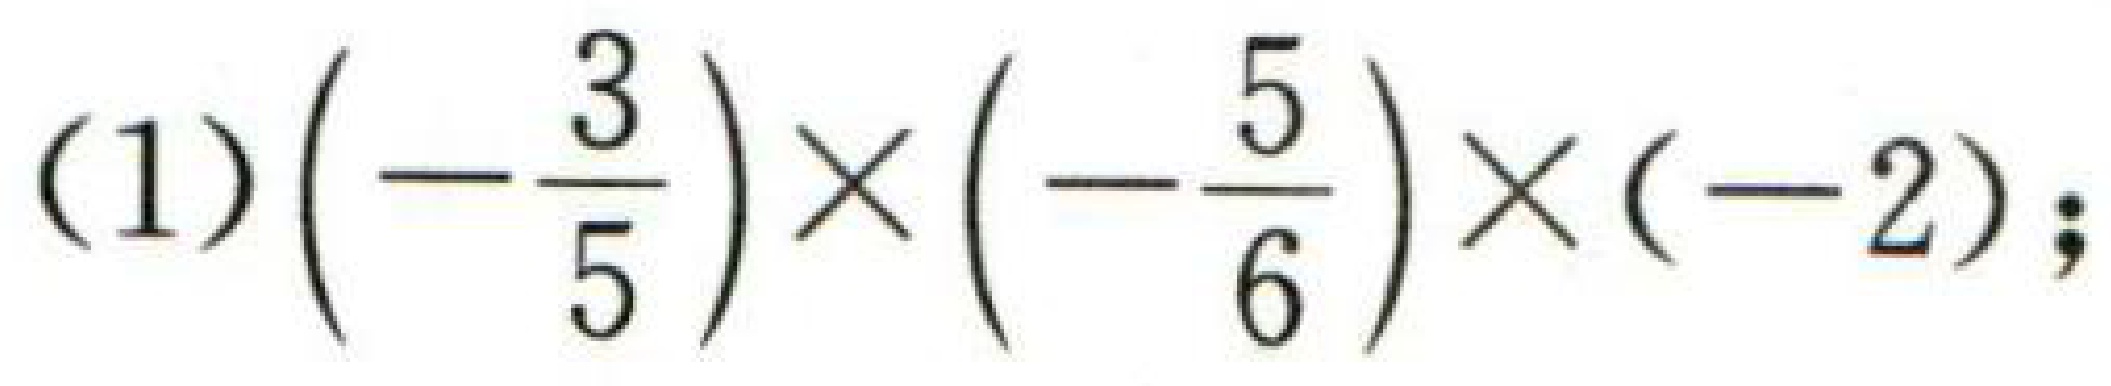
\((1)\left(-\dfrac{3}{5}\right)\times\left(-\dfrac{5}{6}\right)\times(-2);\)